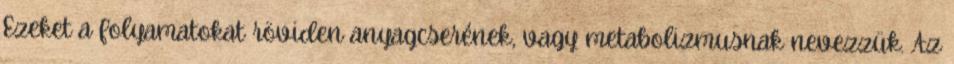
Ezeket a folyamatokat röviden anyagcserének, vagy metabolizmusnak nevezzük. Az